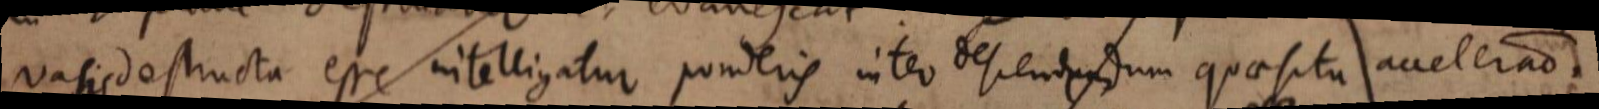
vasis destructa esse intelligatur ponderis inter descendendum quaesita acceleratio.